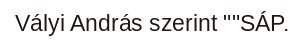
Vályi András szerint ""SÁP.